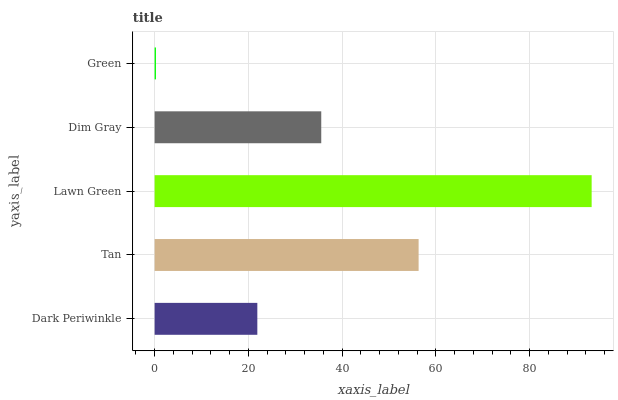
| yaxis_label | bars |
 | --- | --- |
 | Dark Periwinkle | 21.9 |
 | Tan | 56.3 |
 | Lawn Green | 93.2 |
 | Dim Gray | 35.5 |
 | Green | 0.28 |